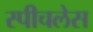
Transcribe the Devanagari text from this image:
स्‍पीचलेस